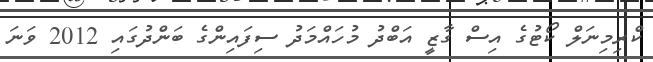
ކްރިމިނަލް ކޯޓުގެ އިސް ގާޒީ އަބްދު މުހައްމަދު ސިފައިންގެ ބަންދުގައި 2012 ވަނަ